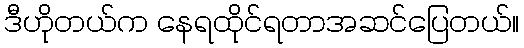
ဒီဟိုတယ်က နေရထိုင်ရတာအဆင်ပြေတယ်။